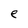
Character: e